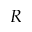
R